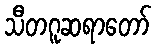
သီတဂူဆရာတော်